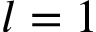
l = 1